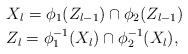
LaTeX: \begin{align*}& X_l = \phi_1(Z_{l-1}) \cap \phi_2(Z_{l-1}) \\& Z_l = \phi^{-1}_1(X_{l}) \cap \phi_2^{-1}(X_{l}),\end{align*}